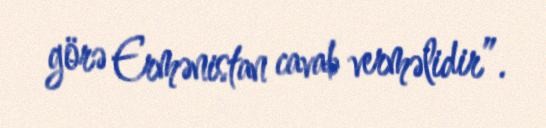
görə Ermənistan cavab verməlidir”.